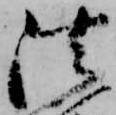
法